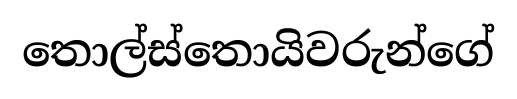
තොල්ස්තොයිවරුන්ගේ